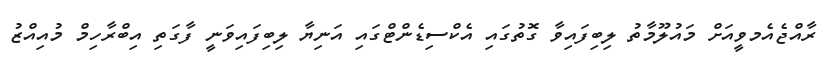
ރާއްޖެއެމވީއަށް މައުލޫމާތު ލިބިފައިވާ ގޮތުގައި އެކްސިޑެންޓްގައި އަނިޔާ ލިބިފައިވަނީ ފާގަތި އިބްރާހިމް މުއިއްޒު